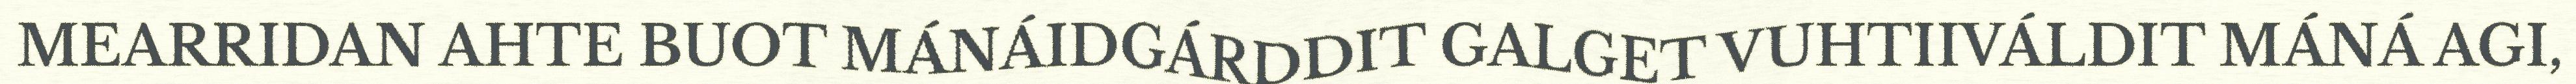
MEARRIDAN AHTE BUOT MÁNÁIDGÁRDDIT GALGET VUHTIIVÁLDIT MÁNÁ AGI,